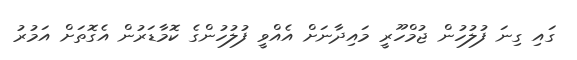
ގައި ގިނަ ފުލުހުން ޖުމްހޫރީ މައިދާނަށް އެއްވީ ފުލުހުންގެ ކޮމާޑަރުން އެގޮތަށް އަމުރު